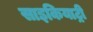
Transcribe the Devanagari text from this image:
साइकियाट्री